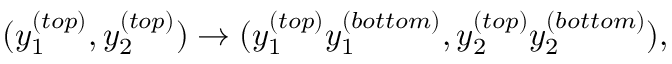
( y _ { 1 } ^ { ( t o p ) } , y _ { 2 } ^ { ( t o p ) } ) \to ( y _ { 1 } ^ { ( t o p ) } y _ { 1 } ^ { ( b o t t o m ) } , y _ { 2 } ^ { ( t o p ) } y _ { 2 } ^ { ( b o t t o m ) } ) ,